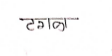
मजकूर: टगला